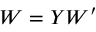
W = Y W ^ { \prime }